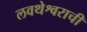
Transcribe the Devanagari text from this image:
लवथेश्वराची